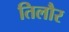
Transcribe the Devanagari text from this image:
तिलौर